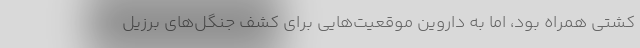
کشتی همراه بود، اما به داروین موقعیت‌هایی برای کشف جنگل‌های برزیل